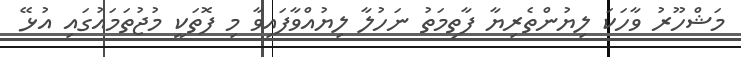
މަޝްހޫރު ވާހަކަ ލިޔުންތެރިޔާ ފާތިމަތު ނަހުލާ ލިޔުއްވާފައިވާ މި ފޮތަކީ މުޖުތަމައުގައި އުޅޭ